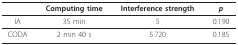
<table><thead><tr><td></td><td><b>Computing time</b></td><td><b>Interference strength</b></td><td><b><i>p</i></b></td></tr></thead><tbody><tr><td>IA</td><td>35 min</td><td>5</td><td>0.190</td></tr><tr><td>CODA</td><td>2 min 40 s</td><td>5.720</td><td>0.185</td></tr></tbody></table>